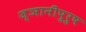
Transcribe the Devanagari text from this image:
ज्ञानीपुरुष